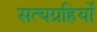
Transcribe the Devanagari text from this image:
सत्यग्रहियों